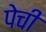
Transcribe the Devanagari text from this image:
पेची